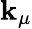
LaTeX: \mathbf{k}_{\mu}